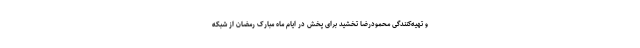
و تهیه‌کنندگی محمودرضا تخشید برای پخش در ایام ماه مبارک رمضان از شبکه